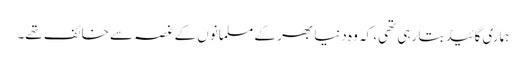
ہماری گائیڈ بتا رہی تھی، کہ و ہ دنیا بھر کے مسلمانوں کے غصہ سے خائف تھے۔